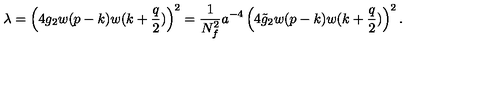
\lambda = \left( 4 g _ { 2 } w ( p - k ) w ( k + { \frac { q } { 2 } } ) \right) ^ { 2 } = { \frac { 1 } { N _ { f } ^ { 2 } } } a ^ { - 4 } \left( 4 \tilde { g } _ { 2 } w ( p - k ) w ( k + { \frac { q } { 2 } } ) \right) ^ { 2 } . \nonumber